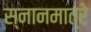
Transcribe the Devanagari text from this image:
स्नानमात्रे